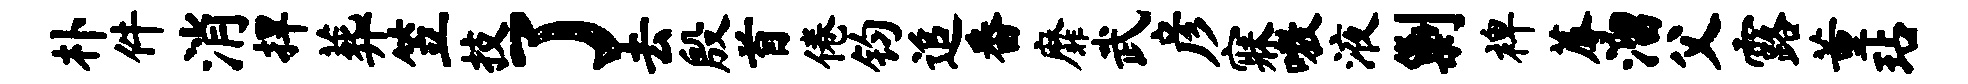
朴件消捍葬笠技了去殷首倦钧追番靡武彦寐嗷液剿裨蓐溜父露董玷